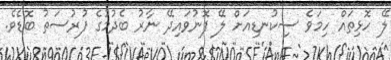
ލޭ ހޮޅިތައް ހިމަވެ ސިކުނޑިއަށް ލޭ ފޮނުވައިދޭ ނާރު ބެދުމުގެ ފުރުުސަތު ބޮޑެވެ.